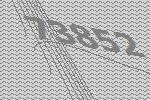
73852